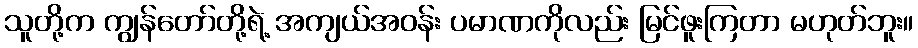
သူတို့က ကျွန်တော်တို့ရဲ့ အကျယ်အဝန်း ပမာဏကိုလည်း မြင်ဖူးကြတာ မဟုတ်ဘူး။